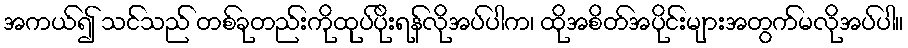
အကယ်၍ သင်သည် တစ်ခုတည်းကိုထုပ်ပိုးရန်လိုအပ်ပါက၊ ထိုအစိတ်အပိုင်းများအတွက်မလိုအပ်ပါ။